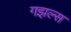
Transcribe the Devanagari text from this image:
गझल्स